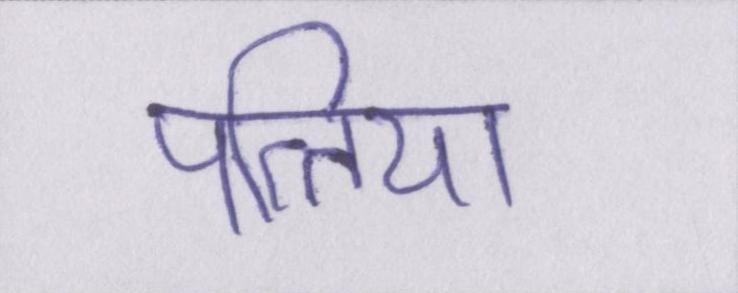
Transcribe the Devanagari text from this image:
पत्तिया